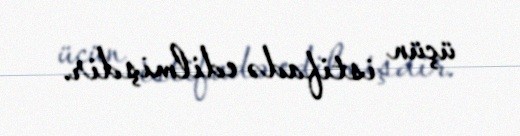
üçün istifadə edilmişdir.